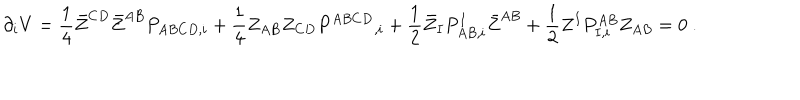
\partial _ { i } V = { \frac { 1 } { 4 } } \bar { Z } ^ { C D } \bar { Z } ^ { A B } P _ { A B C D , i } + { \frac { 1 } { 4 } } Z _ { A B } Z _ { C D } P ^ { A B C D } { } _ { , i } + { \frac { 1 } { 2 } } \bar { Z } _ { I } P _ { A B , i } ^ { I } \bar { Z } ^ { A B } + { \frac { 1 } { 2 } } Z ^ { I } P _ { I , i } ^ { A B } Z _ { A B } = 0 \ .